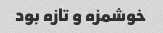
خوشمزه و تازه بود